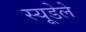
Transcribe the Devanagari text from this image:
स्यूडेले